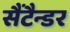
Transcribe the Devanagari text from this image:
सैंटैन्डर